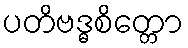
ပတိဗဒ္ဓစိတ္တော